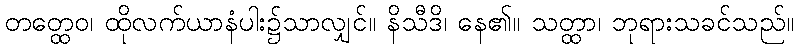
တတ္ထေဝ၊ ထိုလက်ယာနံပါး၌သာလျှင်။ နိသီဒိ၊ နေ၏။ သတ္ထာ၊ ဘုရားသခင်သည်။